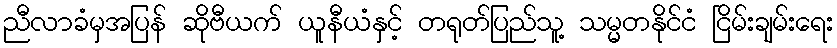
ညီလာခံမှအပြန် ဆိုဗီယက် ယူနီယံနှင့် တရုတ်ပြည်သူ့ သမ္မတနိုင်ငံ ငြိမ်းချမ်းရေး